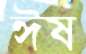
ঈষ